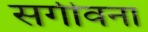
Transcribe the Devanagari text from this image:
सर्गीवना